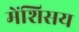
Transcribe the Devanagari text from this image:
मेंशिसय